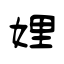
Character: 娌